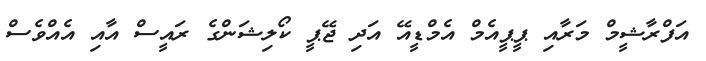
އަފްރާޝީމް މަރާއި ޕީޕީއެމް އެމްޑީއޭ އަދި ޖޭޕީ ކޯލިޝަންގެ ރައީސް އާއި އެއްވެސް